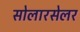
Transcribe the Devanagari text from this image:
सोलारसेलर